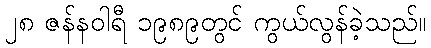
၂၈ ဇန်နဝါရီ ၁၉၈၉တွင် ကွယ်လွန်ခဲ့သည်။